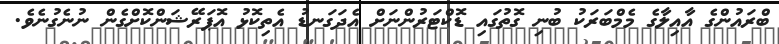
ބްރައުންގެ އާއިލާގެ މެމްބަރަކު ބުނި ގޮތުގައި ޑޮކްޓަރުންނަށް އެދަގަނޑު އެތިކޮޅު އޮޕަރޭޝަންކޮށްގެން ނުނެގުނެވެ.